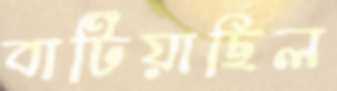
বাটিয়াছিল